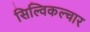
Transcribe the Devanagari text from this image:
सिल्विकल्चार